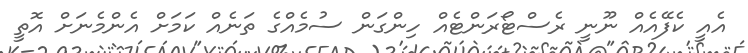
އެއީ ކެފޭއެއް ނޫނީ ރެސްޓޯރަންޓެއް ހިންގަން ސުމެއްގެ ތަނެއް ކަމަށް އެންމެނަށް އޮތީ